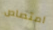
امتصاص